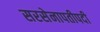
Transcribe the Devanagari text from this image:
सरसेनापतीपदी